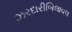
ઝરદારીબિલાવલ